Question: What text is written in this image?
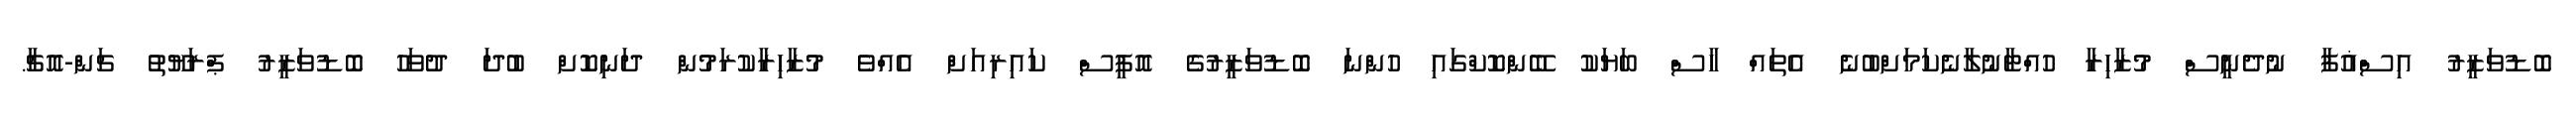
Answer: ބޮޑުވަޒީރު އިސްޣުފާ ނުދެނީސް މުޒާހިރާ ހުއްޓާނުލާނެކަމަށްބުނެ އެތައް ހާސް ބަޔަކު ބޭންކޮކްގައި ހުންނަ ބޮޑުވަޒީރުގެ އޮފީސް ކައިރިއަށް އެއްވެ މުޒާހިރާކުރަމުން ދަނިކޮށް ބުދަ ދުވަހު ބޮޑުވަޒީރު ޕްރަޔޫތު ޗަން-އޮޗާ.